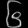
Digit: ၆